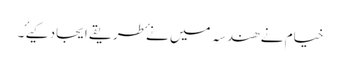
خیام نے ھندسہ میں نۓ طریقے ایجاد کیۓ ۔